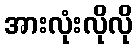
အားလုံးလိုလို